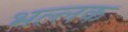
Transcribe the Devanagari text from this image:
भल्लक